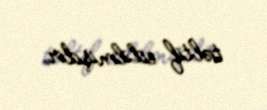
təltif edilmişdir.